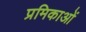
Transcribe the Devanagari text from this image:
प्रमिकाओं